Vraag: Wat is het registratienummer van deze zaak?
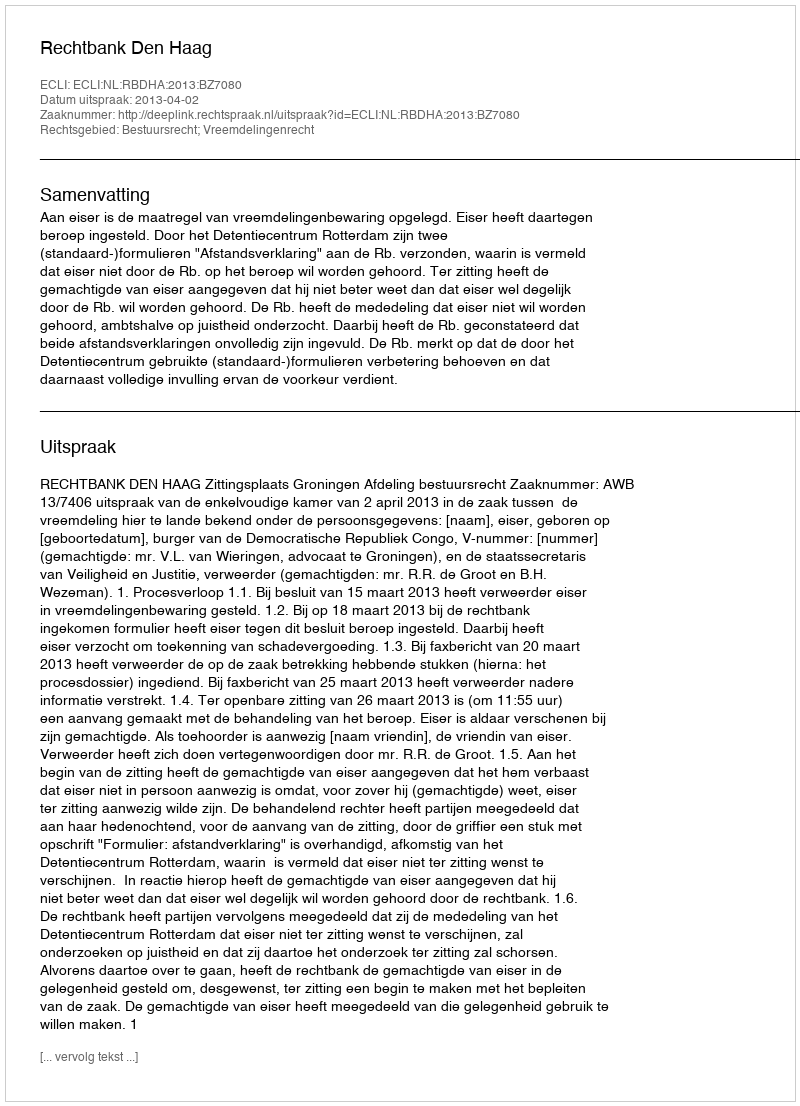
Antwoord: http://deeplink.rechtspraak.nl/uitspraak?id=ECLI:NL:RBDHA:2013:BZ7080